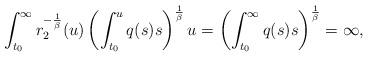
LaTeX: \begin{align*}\int_{t_{0}}^{\infty}r_{2}^{-\frac{1}{\beta}}(u)\left(\int_{t_{0}}^{u}q(s)s\right)^{\frac{1}{\beta}}u= \left(\int_{t_{0}}^{\infty}q(s)s\right)^{\frac{1}{\beta}}= \infty ,\end{align*}